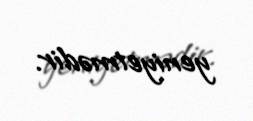
yeniyetmədir.